Lunatic asylums Central Provinces reports 1910-1926 - 1910-1926
Year: 1910
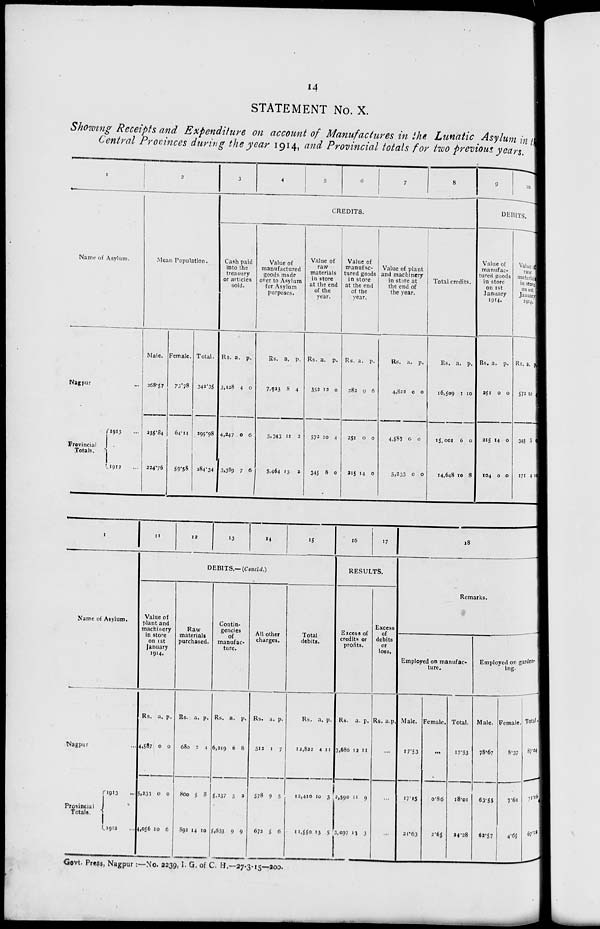
14
STATEMENT No. X.
Showing Receipts and Expenditure on account of Manufactures in the Lunatic Asylum in the
Central Provinces during the year 1914, and Provincial totals for two previous years.
1
Name of Asylum.
Nagpur ...
Provincial
Totals.
1913 ...
1912 ...
2
Mean Population.
Male.
368.57
235.84
224.76
Female.
73.78
64.14
59.58
Total.
342.35
299.98
284.34
3
4
5
6
7
8
CREDITS.
Cash paid
into the
treasury
or articles
sold.
Rs.
3,128
4,247
3,389
a.
4
0
7
p.
0
6
6
Value of
manufactured
goods made
over to Asylum
for Asylum
purposes.
Rs.
7,923
5,343
5,464
a.
8
11
13
p.
4
2
2
Value of
raw
materials
in store
at the end
of the
year.
Rs.
352
572
345
a.
12
10
8
p.
0
4
0
Value of
manufac-
tured goods
in store
at the end
of the
year.
Rs.
282
251
215
a.
9
0
14
p.
6
0
0
Value of plant
and machinery
in store at
the end of
the year.
RS.
4,822
4,587
5,233
a.
0
0
0
p.
0
0
0
Total credits.
Rs.
16,509
15,001
14,648
a.
1
6
10
p.
10
0
8
9
10
DEBITS.
Value of
manufac-
tured goods
in store
on 1st
January
1914.
Rs.
251
215
104
a.
0
14
0
p.
0
0
0
Value of
raw
materials
in store
on 1st
January
1914
Rs.
572
345
171
a.
10
8
4
p.
4
0
13
1
Name of Asylum.
Nagpur ...
Provincial
Totals.
1913 ...
1912 ...
11
12
13
14
15
DEBITS.— (Concld.)
Value of
plant and
machinery
in store
on 1st
January
1914.
Rs.
4,587
5,233
4,056
a.
0
0
10
p.
0
0
6
Raw
materials
purchased.
Rs.
680
800
892
a.
2
5
14
p.
4
8
10
Contin-
gencies
of
manufac-
ture.
Rs.
6,219
5,237
5,653
a.
6
5
9
p.
8
2
9
All other
charges.
Rs.
512
578
672
a.
1
9
5
p.
7
5
6
Total
debits.
Rs.
12,822
12,410
11,550
a.
4
10
13
p.
11
3
5
16
17
RESULTS.
Excess of
credits or
profits.
Rs.
3,686
2,590
3,097
a.
12
11
13
p.
11
9
3
Excess
of
debits
or
loss.
Rs. a.p.
...
...
...
18
Remarks.
Employed on manufac-
ture.
Male.
17.53
17.15
21.63
Female.
...
0.86
2.65
Total.
17.53
18.01
24.28
Employed on garden-
ing.
Male.
78.67
63.55
62.57
Female.
8.37
7.61
4.65
Total.
87.04
71.16
67.22
Govt. Press, Nagpur :—No. 2239, I. G. of C. H.—27-3-15—200.